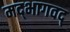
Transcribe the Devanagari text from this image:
मद्‌भागवद्‌